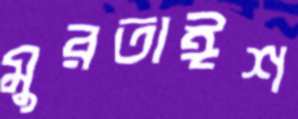
মুরতাঈশ